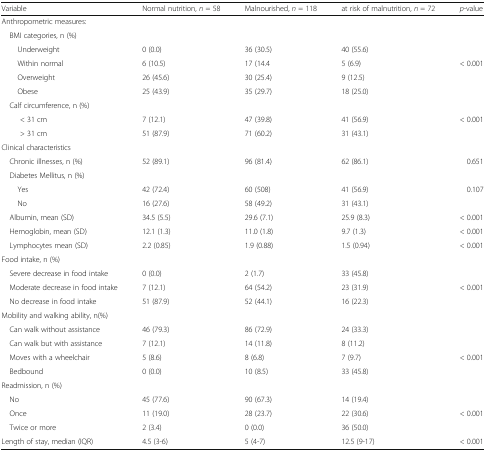
<table><thead><tr><td><b>Variable</b></td><td><b>Normal nutrition, <i>n</i> = 58</b></td><td><b>Malnourished, <i>n</i> = 118</b></td><td><b>at risk of malnutrition, <i>n</i> = 72</b></td><td><b><i>p</i>-value</b></td></tr></thead><tbody><tr><td colspan="5">Anthropometric measures:</td></tr><tr><td colspan="5"> BMI categories, n (%)</td></tr><tr><td>Underweight</td><td>0 (0.0)</td><td>36 (30.5)</td><td>40 (55.6)</td><td></td></tr><tr><td>Within normal</td><td>6 (10.5)</td><td>17 (14.4</td><td>5 (6.9)</td><td>&lt; 0.001</td></tr><tr><td>Overweight</td><td>26 (45.6)</td><td>30 (25.4)</td><td>9 (12.5)</td><td></td></tr><tr><td>Obese</td><td>25 (43.9)</td><td>35 (29.7)</td><td>18 (25.0)</td><td></td></tr><tr><td colspan="5"> Calf circumference, n (%)</td></tr><tr><td>&lt; 31 cm</td><td>7 (12.1)</td><td>47 (39.8)</td><td>41 (56.9)</td><td>&lt; 0.001</td></tr><tr><td>&gt; 31 cm</td><td>51 (87.9)</td><td>71 (60.2)</td><td>31 (43.1)</td><td></td></tr><tr><td colspan="5">Clinical characteristics</td></tr><tr><td> Chronic illnesses, n (%)</td><td>52 (89.1)</td><td>96 (81.4)</td><td>62 (86.1)</td><td>0.651</td></tr><tr><td colspan="5"> Diabetes Mellitus, n (%)</td></tr><tr><td>Yes</td><td>42 (72.4)</td><td>60 (508)</td><td>41 (56.9)</td><td>0.107</td></tr><tr><td>No</td><td>16 (27.6)</td><td>58 (49.2)</td><td>31 (43.1)</td><td></td></tr><tr><td> Albumin, mean (SD)</td><td>34.5 (5.5)</td><td>29.6 (7.1)</td><td>25.9 (8.3)</td><td>&lt; 0.001</td></tr><tr><td> Hemoglobin, mean (SD)</td><td>12.1 (1.3)</td><td>11.0 (1.8)</td><td>9.7 (1.3)</td><td>&lt; 0.001</td></tr><tr><td> Lymphocytes mean (SD)</td><td>2.2 (0.85)</td><td>1.9 (0.88)</td><td>1.5 (0.94)</td><td>&lt; 0.001</td></tr><tr><td colspan="5">Food intake, n (%)</td></tr><tr><td> Severe decrease in food intake</td><td>0 (0.0)</td><td>2 (1.7)</td><td>33 (45.8)</td><td></td></tr><tr><td> Moderate decrease in food intake</td><td>7 (12.1)</td><td>64 (54.2)</td><td>23 (31.9)</td><td>&lt; 0.001</td></tr><tr><td> No decrease in food intake</td><td>51 (87.9)</td><td>52 (44.1)</td><td>16 (22.3)</td><td></td></tr><tr><td colspan="5">Mobility and walking ability, n(%)</td></tr><tr><td> Can walk without assistance</td><td>46 (79.3)</td><td>86 (72.9)</td><td>24 (33.3)</td><td></td></tr><tr><td> Can walk but with assistance</td><td>7 (12.1)</td><td>14 (11.8)</td><td>8 (11.2)</td><td></td></tr><tr><td> Moves with a wheelchair</td><td>5 (8.6)</td><td>8 (6.8)</td><td>7 (9.7)</td><td>&lt; 0.001</td></tr><tr><td> Bedbound</td><td>0 (0.0)</td><td>10 (8.5)</td><td>33 (45.8)</td><td></td></tr><tr><td colspan="5">Readmission, n (%)</td></tr><tr><td> No</td><td>45 (77.6)</td><td>90 (67.3)</td><td>14 (19.4)</td><td></td></tr><tr><td> Once</td><td>11 (19.0)</td><td>28 (23.7)</td><td>22 (30.6)</td><td>&lt; 0.001</td></tr><tr><td> Twice or more</td><td>2 (3.4)</td><td>0 (0.0)</td><td>36 (50.0)</td><td></td></tr><tr><td>Length of stay, median (IQR)</td><td>4.5 (3-6)</td><td>5 (4-7)</td><td>12.5 (9-17)</td><td>&lt; 0.001</td></tr></tbody></table>